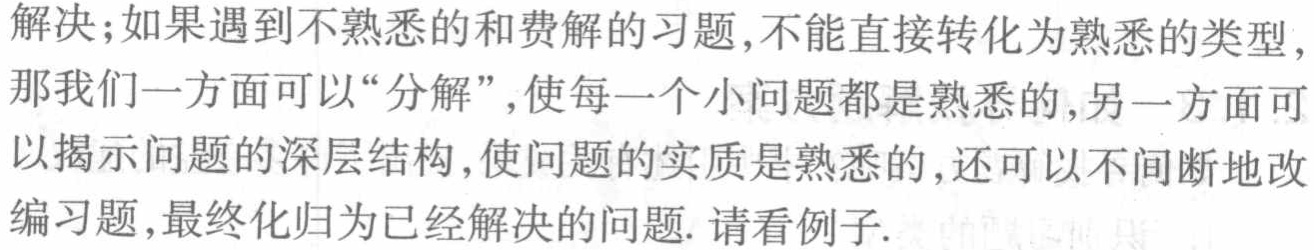
解决;如果遇到不熟悉的和费解的习题,不能直接转化为熟悉的类型,那我们一方面可以“分解”,使每一个小问题都是熟悉的,另一方面可以揭示问题的深层结构,使问题的实质是熟悉的,还可以不间断地改编习题,最终化归为已经解决的问题. 请看例子.